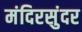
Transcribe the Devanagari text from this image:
मंदिरसुंदर